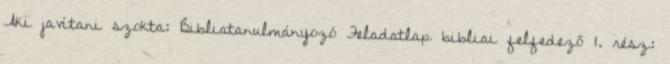
Aki javítani szokta: Bibliatanulmányozó Feladatlap bibliai felfedező 1. rész: